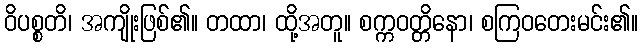
ဝိပစ္စတိ၊ အကျိုးဖြစ်၏။ တထာ၊ ထို့အတူ။ စက္ကဝတ္တိနော၊ စကြဝတေးမင်း၏။